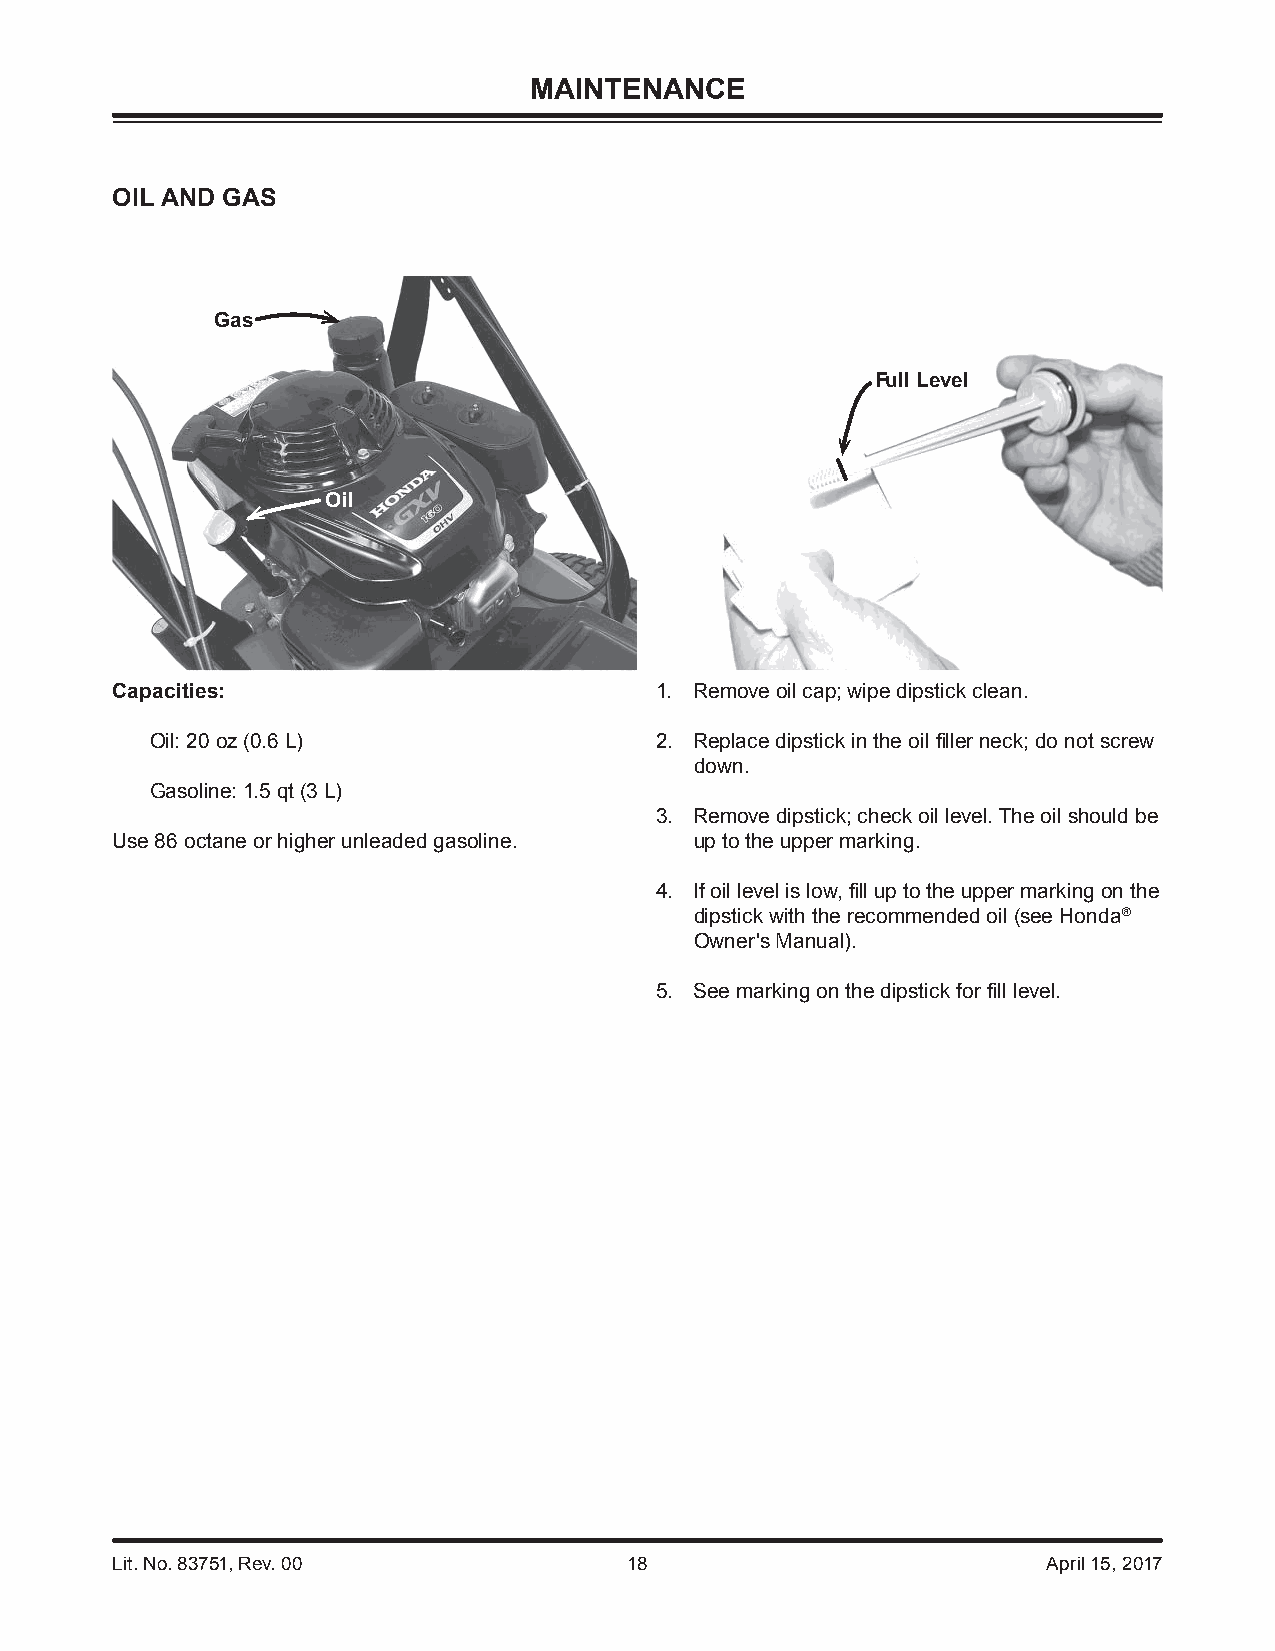
MAINTENANCE
 OIL AND GAS
 Gas
 Full Level
 Oil
 Capacities:                         1. Remove oil cap; wipe dipstick clean.
 Oil: 20 oz (0.6 L)               2. Replace dipstick in the oil fi ller neck; do not screw
 down.
 Gasoline: 1.5 qt (3 L)
 3. Remove dipstick; check oil level. The oil should be
 Use 86 octane or higher unleaded gasoline. up to the upper marking.
 4. If oil level is low, fi ll up to the upper marking on the
 dipstick with the recommended oil (see Honda®
 Owner's Manual).
 5. See marking on the dipstick for fi ll level.
 Lit. No. 83751, Rev. 00            18                         April 15, 2017